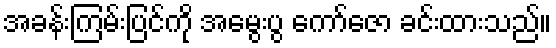
အခန်းကြမ်းပြင်ကို အမွေးပွ ကော်ဇော ခင်းထားသည်။